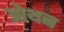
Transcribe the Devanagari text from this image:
ओथन